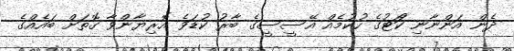
ދެން އަންނާނި ކަޯޓުގެ ހުކުމެއްް އޭސީސީގެ ބާރު ކުޑަވެ އޮރިޔާންވާ ގޮތަށް ބައެއްގެ